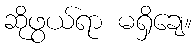
ဆိုဖွယ်ရာ မရှိချေ။